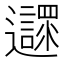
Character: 𨙎